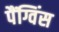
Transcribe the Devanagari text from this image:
पैंग्विंस